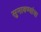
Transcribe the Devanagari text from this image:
सुनावण्यांचा